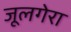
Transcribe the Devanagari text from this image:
जूलगेरा